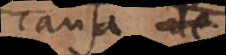
causa de